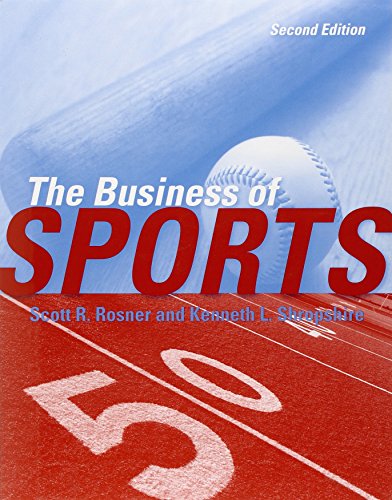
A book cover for The Business of Sports, 2nd Edition; Scott R. Rosner; Business & Money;